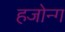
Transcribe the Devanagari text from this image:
हजोन्ग